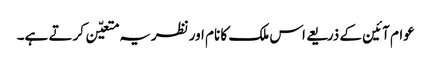
عوام آئین کے ذریعے اس ملک کا نام اورنظریہ متعیّن کرتے ہے۔